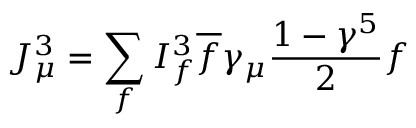
J _ { \mu } ^ { 3 } = \sum _ { f } I _ { f } ^ { 3 } { \overline { { f } } } \gamma _ { \mu } { \frac { 1 - \gamma ^ { 5 } } { 2 } } f